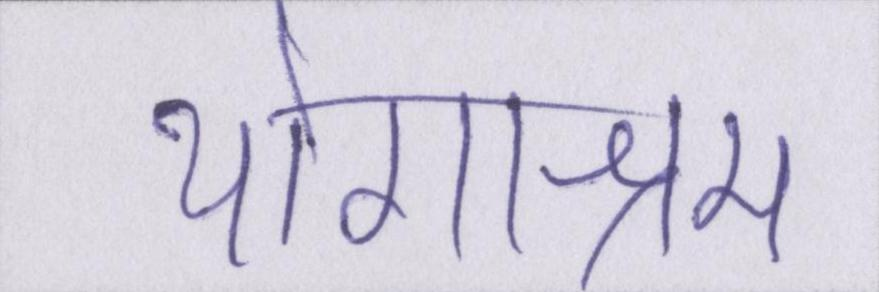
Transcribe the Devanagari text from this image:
योगाश्रम